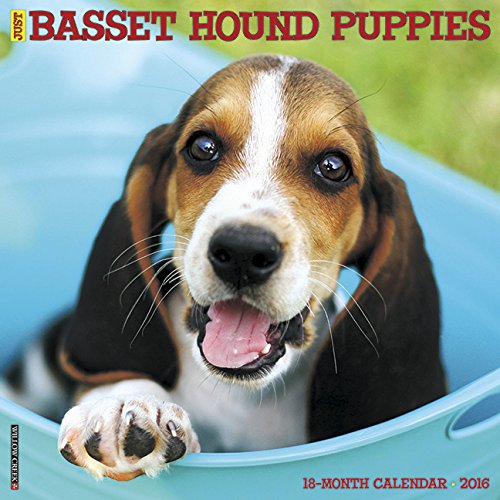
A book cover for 2016 Just Basset Hound Puppies Wall Calendar; Willow Creek Press; Calendars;